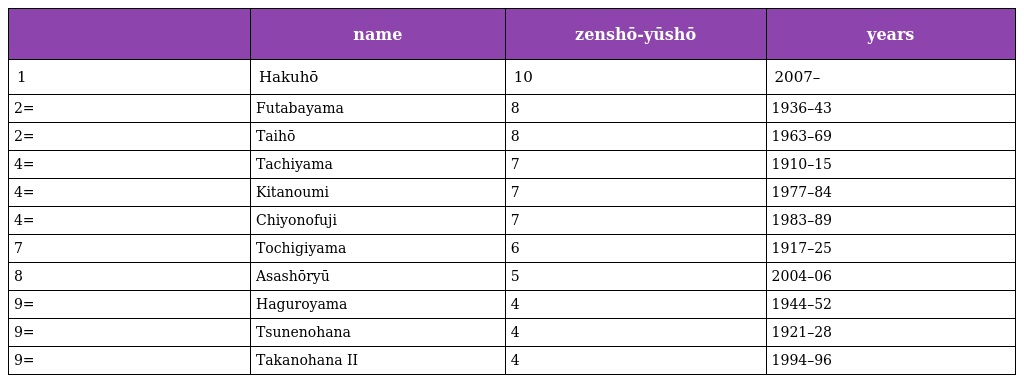
|  | name | zenshō-yūshō | years |
 | --- | --- | --- | --- |
 | 1 | Hakuhō | 10 | 2007– |
 | 2= | Futabayama | 8 | 1936–43 |
 | 2= | Taihō | 8 | 1963–69 |
 | 4= | Tachiyama | 7 | 1910–15 |
 | 4= | Kitanoumi | 7 | 1977–84 |
 | 4= | Chiyonofuji | 7 | 1983–89 |
 | 7 | Tochigiyama | 6 | 1917–25 |
 | 8 | Asashōryū | 5 | 2004–06 |
 | 9= | Haguroyama | 4 | 1944–52 |
 | 9= | Tsunenohana | 4 | 1921–28 |
 | 9= | Takanohana II | 4 | 1994–96 |